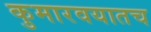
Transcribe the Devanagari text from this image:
कुमारवयातच